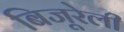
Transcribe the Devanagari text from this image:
बिजूरेली